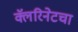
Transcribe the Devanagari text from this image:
क्लॅरिनेटचा